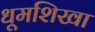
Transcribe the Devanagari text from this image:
धूमशिखा